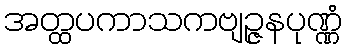
အတ္ထပကာသကဗျဉ္ဇနပုဏ္ဏံ